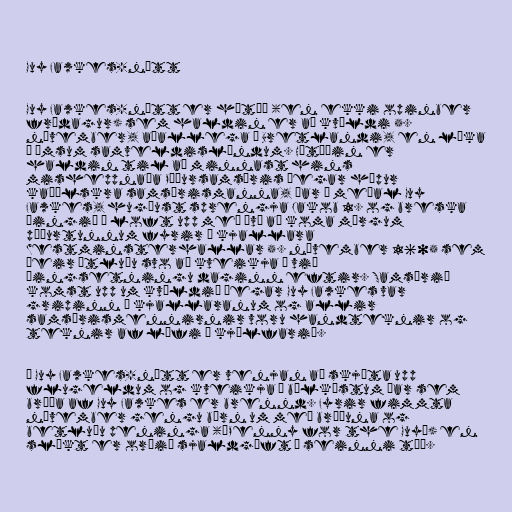
Guy Fawkes-nótt

Guy Fawkes-nótt er hátíð (en ekki opinber
frídagur) sem haldin er að kvöldi 5.
nóvember, aðallega í Bretlandi, en líka
í ýmsum samveldislöndum. Hátíðin er
haldin til að minnast hins
misheppnaða Púðursamsæris þegar hópur
kaþólskra samsærismanna, þar á meðal Guy
Fawkes, hugðust sprengja Jakob 1. og breska
þingið í loft upp með því að koma mörgum
púðurtunnum fyrir í kjallara
Westminsterhallar 5. nóvember 1605 sem
þeir ætluðu svo að kveikja í við
þingsetningu daginn eftir. Samsærið
komst upp um kvöldið þegar Guy Fawkes var
gripinn í kjallaranum og allir
samsærismennirnir voru handteknir og
teknir af lífi í kjölfarið.

Á Guy Fawkes-nótt er venjan að skjóta upp
flugeldum og kveikja í bálköstum þar sem
brúða af Guy Fawkes er brennd. Fyrir fimmta
nóvember gengu börn um með brúðuna og
betluðu peninga („Penny for the Guy“) en
slíkt er orðið sjaldgæft í seinni tíð.